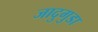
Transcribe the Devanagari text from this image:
जादुगुडा